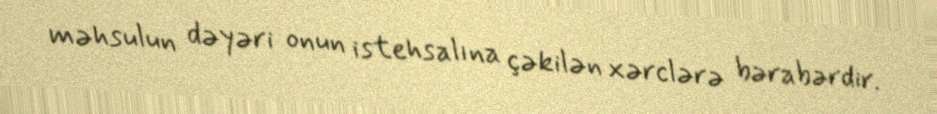
məhsulun dəyəri onun istehsalına çəkilən xərclərə bərabərdir.